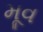
મૂવ